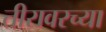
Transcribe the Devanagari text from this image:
तीरावरच्या